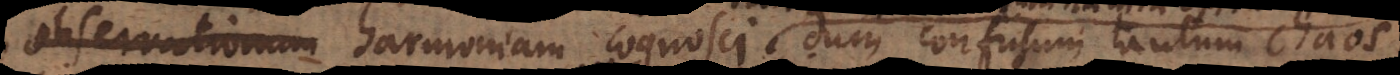
orum harmoniam cognosci, dum confusum tantum chaos